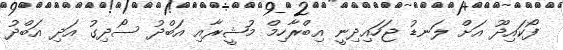
ފޯކައިދޫ އަށް ލަނޑު ޖަހައިދިނީ އިބްރާހިމް މުޝީރާއި އަބްދު ސޯދިގު އަދި އަބްދު